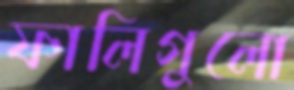
ফালিগুলো